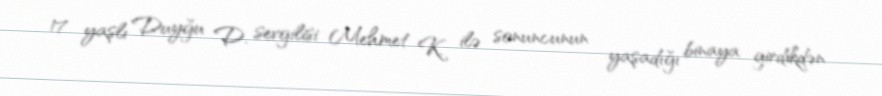
17 yaşlı Duyğu D. sevgilisi Mehmet K. ilə sonuncunun yaşadığı binaya girdikdən